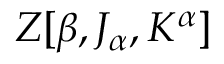
Z [ \beta , J _ { \alpha } , K ^ { \alpha } ]